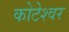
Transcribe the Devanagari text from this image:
कोटेश्‍वर